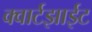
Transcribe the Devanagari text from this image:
क्वार्टझाईट